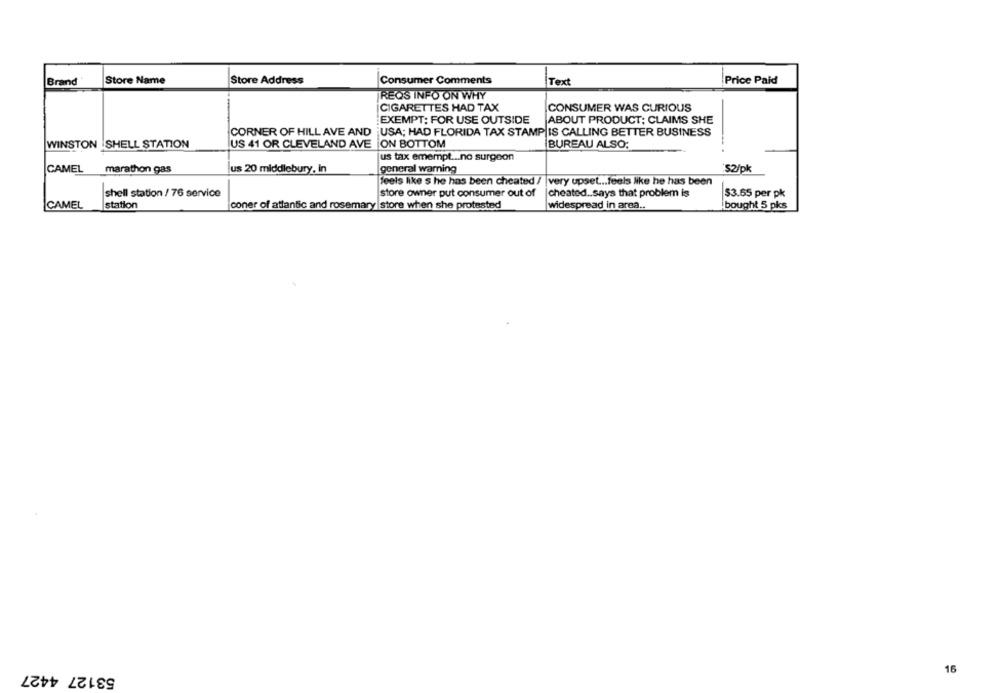
-
Brand
Store Name
Store Address
Consumer Comments
Text
Price Paid
REQS INFO ON WHY
CIGARETTES HAD TAX
CONSUMER WAS CURIOUS
EXEMPT; FOR USE OUTSIDE
ABOUT PRODUCT; CLAIMS SHE
CORNER OF HILL AVE AND USA; HAD FLORIDA TAX STAMP IS CALLING BETTER BUSINESS
WINSTON SHELL STATION
US 41 OR CLEVELAND AVE ON BOTTOM
BUREAU ALSO;
us tax emempt .... no surgeon
CAMEL
marathon gas
us 20 middlebury, In
general warning
'S2/pk
feels like s he has been cheated /
very upset ... feels like he has been
shell station / 76 service
store owner put consumer out of
cheated .. says that problem is
$3.65 per pk
CAMEL
station
coner of atlantic and rosemary store when she protested
widespread in area ..
bought 5 pks
53127 4427
16